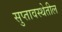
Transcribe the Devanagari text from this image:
सुप्तावस्थेतील